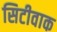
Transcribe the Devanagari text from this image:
सिटीवाक